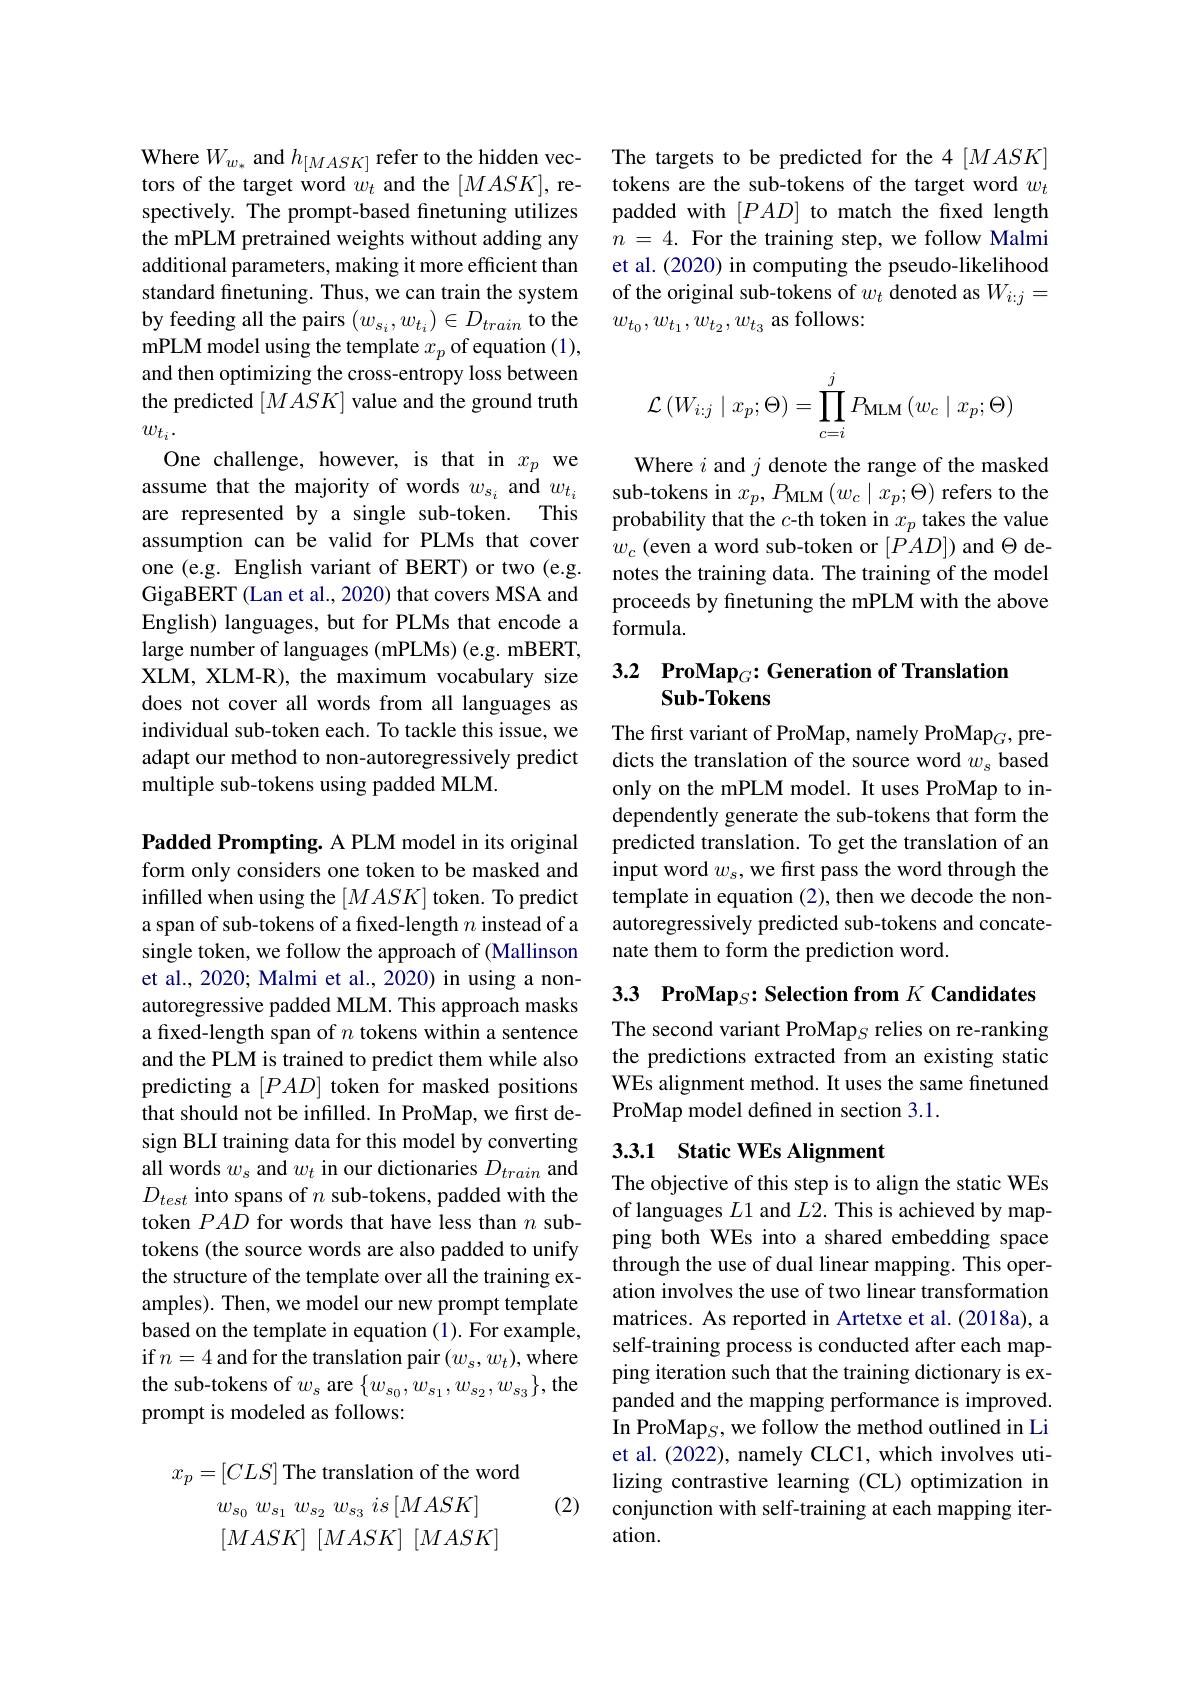
Where $W_{w_{*}}$ and $h_{[MASK]}$ refer to the hidden vectors of the target word $w_{t}$ and the $[MASK]$, respectively. The prompt-based fnetuning utilizes the mPLM pretrained weights without adding any additional parameters, making it more efficient than standard finetuning. Thus, we can train the system by feeding all the pairs $(w_{s_i},w_{t_i})\in D_{train}$ to the mPLM model using the template $x_p$ of equation (1), and then optimizing the cross-entropy loss between the predicted $[MASK]$ value and the ground truth $w_{t_i}.$
One challenge, however, is that in $x_p$ we assume that the majority of words $w_{s_i}$ and $w_{t_i}$ are represented by a single sub-token. This assumption can be valid for PLMs that cover one (e.g. English variant of BERT) or two (e.g. GigaBERT (Lan et al., 2020) that covers MSA and English) languages, but for PLMs that encode a large number of languages (mPLMs) (e.g. mBERT, XLM, XLM-R), the maximum vocabulary size does not cover all words from all languages as individual sub-token each. To tackle this issue, we adapt our method to non-autoregressively predict multiple sub-tokens using padded MLM.

Padded Prompting. A PLM model in its original form only considers one token to be masked and infilled when using the $[MASK]$ token. To predict a span of sub-tokens of a fixed-length $n$ instead of a single token, we follow the approach of (Mallinson et al., 2020; Malmi et al., 2020) in using a nonautoregressive padded MLM. This approach masks a fixed-length span of $n$ tokens within a sentence and the PLM is trained to predict them while also predicting a token for masked positions that should not be infilled. In ProMap, we first design BLI training data for this model by converting all words $w_s$ and $w_t$ in our dictionaries $D_train$ and $D_{test}$ into spans of $n$ sub-tokens, padded with the token $PAD$ for words that have less than $n$ subtokens (the source words are also padded to unify the structure of the template over all the training examples). Then, we model our new prompt template based on the template in equation (1). For example, if $n=4$ and for the translation pair $(w_s,w_t)$,where the sub-tokens of $w_s$ are $\{w_{s_0},w_{s_1},w_{s_2},w_{s_3}\}$,the prompt is modeled as follows:

(2)
$$x_{p}=[CLS]\:\mathrm{The~translation~of~the~word}\\w_{s_{0}}\:w_{s_{1}}\:w_{s_{2}}\:w_{s_{3}}\:is\:[MASK]\\[MASK]\:[MASK]\:[MASK]$$
The targets to be predicted for the 4 [MASK] tokens are the sub-tokens of the target word $w_t$ padded with to match the fixed length $n=4.$ For the training step, we follow Malmi et al. (2020) in computing the pseudo-likelihood of the original sub-tokens of $w_t$ denoted as $W_{i:j}=$ $w_{t_0},w_{t_1},w_{t_2},w_{t_3}$ as follows:
$$\mathcal{L}\left(W_{i:j}\mid x_p;\Theta\right)=\prod_{c=i}^{j}P_{\text{MLM}}\left(w_c\mid x_p;\Theta\right)$$
Where $i$ and $j$ denote the range of the masked sub-tokens in $x_p,P_{\mathrm{MLM}}\left(w_c\mid x_p;\Theta\right)$refers to the probability that the $c$-th token in $x_p$ takes the value $w_c$ (even a word sub-token or ) and $\Theta$ denotes the training data. The training of the model proceeds by finetuning the mPLM with the above formula.

# 3.2 ProMap$_G{:\text{Generation of Translation}}$ Sub-Tokens

The first variant of ProMap, namely ProMap$_G$, predicts the translation of the source word $w_s$ based only on the mPLM model. It uses ProMap to independently generate the sub-tokens that form the predicted translation. To get the translation of an input word $w_s$, we first pass the word through the template in equation (2), then we decode the nonautoregressively predicted sub-tokens and concatenate them to form the prediction word.

3.3 ProMap$_S: \textbf{Selection from }K$ Candidates

The second variant ProMap$_S$ relies on re-ranking the predictions extracted from an existing static WEs alignment method. It uses the same finetuned ProMap model defined in section 3.1.

## 3.3.1 Static WEs Alignment

The objective of this step is to align the static WEs of languages $L1$ and $L2.$ This is achieved by mapping both WEs into a shared embedding space through the use of dual linear mapping. This operation involves the use of two linear transformation matrices. As reported in Artetxe et al. (2018a), a self-training process is conducted after each mapping iteration such that the training dictionary is expanded and the mapping performance is improved. In ProMap$_S$,we follow the method outlined in Li et al. (2022), namely CLC1, which involves utilizing contrastive learning (CL) optimization in conjunction with self-training at each mapping iteration.